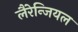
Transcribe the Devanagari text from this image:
लैरेन्जियल